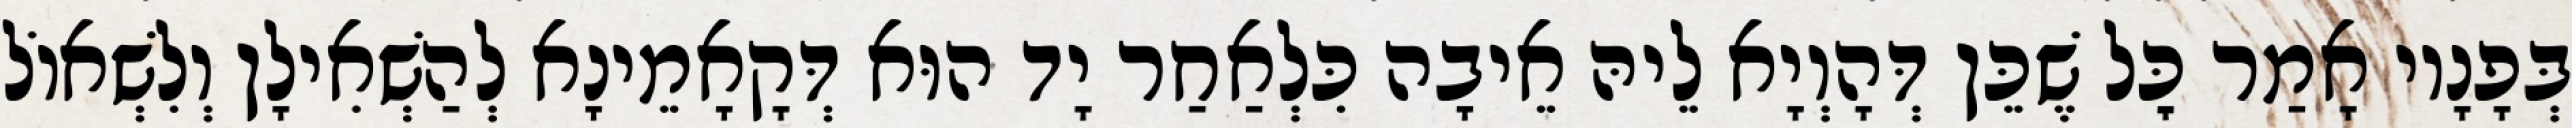
בְּפָנָיו אָמַר כׇּל שֶׁכֵּן דְּהָוְיָא לֵיהּ אֵיבָה כִּלְאַחַר יָד הוּא דְּקָאָמֵינָא לְהַשְׁאִילָן וְלִשְׁאוֹל